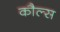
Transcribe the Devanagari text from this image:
कौल्स